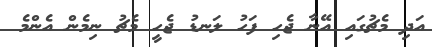
އަދި މެޗުގައި އޭނާ ޖެހި ފަހު ލަނޑު ޖެހީ މެޗު ނިމެން އެންމެ